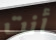
أنت